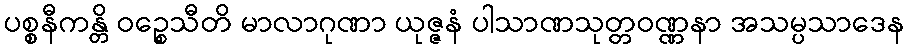
ပစ္စနီကန္တိ ဝဉ္စေသီတိ မာလာဂုဏာ ယုဇ္ဇနံ ပါသာဏသုတ္တဝဏ္ဏနာ အသမ္ပသာဒေန